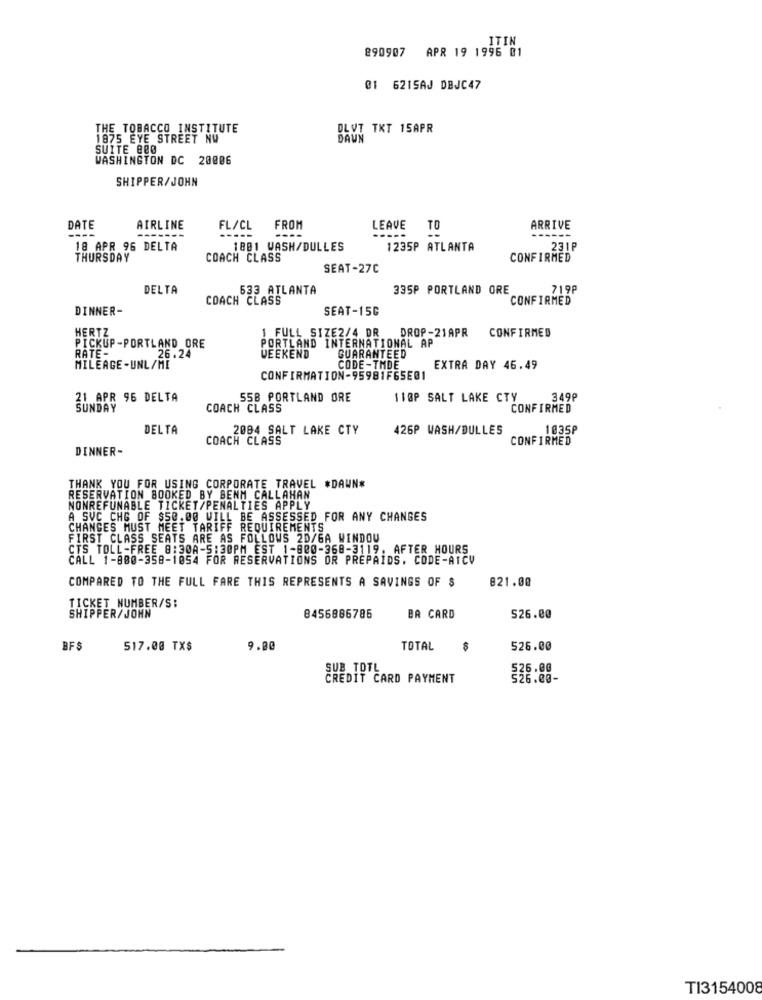
ITIN
890907 APR 19 1996 01
01 6215AJ DBJC47
THE TOBACCO INSTITUTE
DLVT TKT 15APR
1875 EYE STREET NW
DAUN
SUITE 800
WASHINGTON DC 20006
SHIPPER/ JOHN
DATE
AIRLINE
FL/CL
FROM
LEAVE
ARRIVE
----
------
-----
----
-----
18 APR 96 DELTA
1881 WASH/DULLES
1235P ATLANTA
231P
THURSDAY
COACH CLASS
CONFIRMED
SEAT-27C
DELTA
533 ATLANTA
335P PORTLAND ORE
719P
COACH CLASS
CONFIRMED
DINNER-
SEAT-15G
HERTZ
1 FULL SIZE2/4 DR
DROP-21APR
CONFIRMED
PORTLAND INTERNATIONAL AP
PICKUP-PORTLAND ORE
RATE-
26.24
WEEKEND
GUARANTEED
MILEAGE-UNL/MI
CODE -THDE
EXTRA DAY 46.49
CONFIRMATION-95981F65E01
21 APR 96 DELTA
55B PORTLAND ORE
110P SALT LAKE CTY
349₽
SUNDAY
COACH CLASS
CONFIRMED
DELTA
2004 SALT LAKE CTY
426P WASH/DULLES
1035P
COACH CLASS
CONFIRMED
DINNER-
THANK YOU FOR USING CORPORATE TRAVEL *DAUN*
RESERVATION BOOKED BY BENM CALLAHAN
NONREFUNABLE TICKET/PENALTIES APPLY
A SVC CHG OF $50.00 WILL BE ASSESSED FOR ANY CHANGES
CHANGES MUST MEET TARIFF REQUIREMENTS
FIRST CLASS SEATS ARE AS FOLLOWS 2D/GA WINDOU
CTS TOLL-FREE 8:30A-5:30PM EST 1-800-368-3119. AFTER HOURS
CALL 1-800-358-1054 FOR RESERVATIONS OR PREPAIDS. CODE-AICV
COMPARED TO THE FULL FARE THIS REPRESENTS A SAVINGS OF $
821.00
TICKET NUMBER/S:
SHIPPER/JOHN
8456886785
BA CARD
526.00
BFS
517.00 TX$
9.00
TOTAL
526.00
SUB TOTL
526.00
CREDIT CARD PAYMENT
526.00-
TI3154008